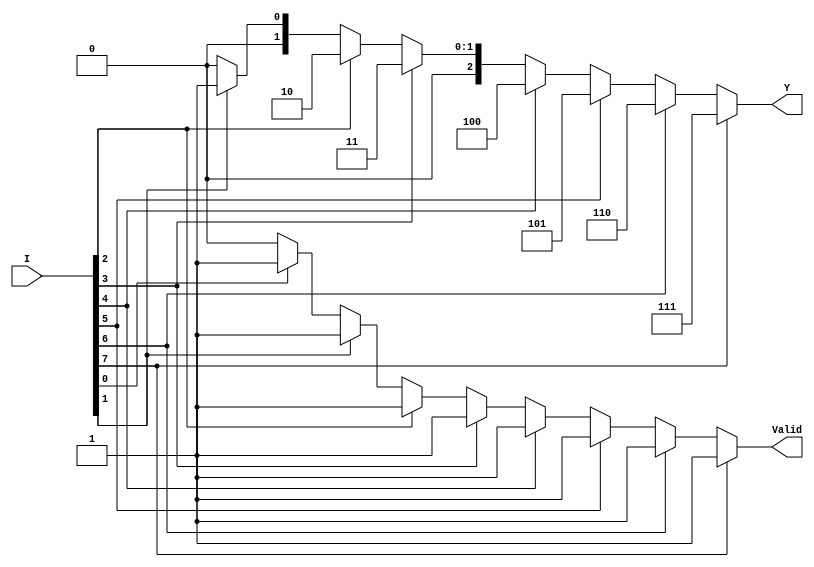
module encoder_8_to_3 (
    input  [7:0] I,     // 8 input lines
    output reg [2:0] Y, // 3-bit output
    output reg Valid     // Valid signal
);

    always @(*) begin
        // Default output values
        Y = 3'b000;   // Default value in case of no active inputs
        Valid = 1'b0; // Default valid signal

        // Priority encoding
        if (I[7]) begin
            Y = 3'b111; // If I7 is high
            Valid = 1'b1;
        end else if (I[6]) begin
            Y = 3'b110; // If I6 is high
            Valid = 1'b1;
        end else if (I[5]) begin
            Y = 3'b101; // If I5 is high
            Valid = 1'b1;
        end else if (I[4]) begin
            Y = 3'b100; // If I4 is high
            Valid = 1'b1;
        end else if (I[3]) begin
            Y = 3'b011; // If I3 is high
            Valid = 1'b1;
        end else if (I[2]) begin
            Y = 3'b010; // If I2 is high
            Valid = 1'b1;
        end else if (I[1]) begin
            Y = 3'b001; // If I1 is high
            Valid = 1'b1;
        end else if (I[0]) begin
            Y = 3'b000; // If I0 is high (can also leave as default)
            Valid = 1'b1;
        end
    end

endmodule